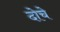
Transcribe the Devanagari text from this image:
दोचे